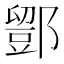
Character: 𨞌